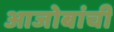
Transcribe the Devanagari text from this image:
आजोबांची